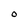
Character: O